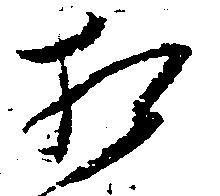
相